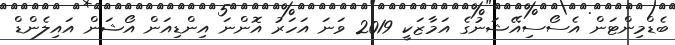
ބެޑްމިންޓަން އެސޯސިއޭޝަނުގެ އަމާޒަކީ 2019 ވަނަ އަހަރު އޮންނަ އިންޑިއަން އޯޝަން އައިލެންޑް